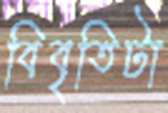
বিবৃতিটা